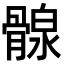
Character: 𩩺